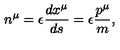
n ^ { \mu } = \epsilon \frac { d x ^ { \mu } } { d s } = \epsilon \frac { p ^ { \mu } } m ,